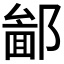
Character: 𨝣